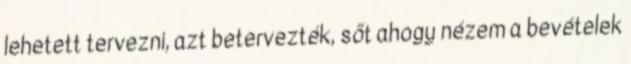
lehetett tervezni, azt betervezték, sőt ahogy nézem a bevételek